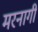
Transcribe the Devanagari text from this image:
मरनागी